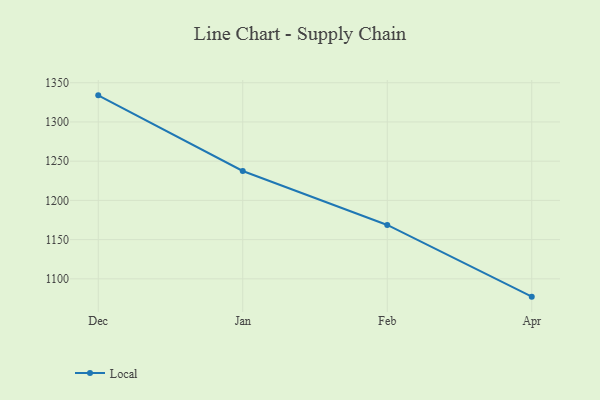
{"axis": {"x": "Month", "y": "Backlog"}, "legend": ["Local"], "data": [{"x": "Dec", "y": 1333.9, "type": "Local"}, {"x": "Jan", "y": 1237.5, "type": "Local"}, {"x": "Feb", "y": 1168.7, "type": "Local"}, {"x": "Apr", "y": 1077.3, "type": "Local"}]}